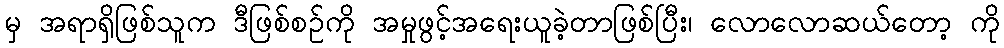
မှ အရာရှိဖြစ်သူက ဒီဖြစ်စဉ်ကို အမှုဖွင့်အရေးယူခဲ့တာဖြစ်ပြီး၊ လောလောဆယ်တော့ ကို